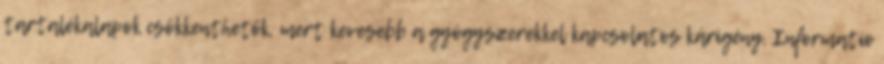
tartalékalapok csökkenthetők, mert kevesebb a gyógyszerekkel kapcsolatos kárigény. Informatio